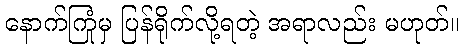
နောက်ကြုံမှ ပြန်ရိုက်လို့ရတဲ့ အရာလည်း မဟုတ်။